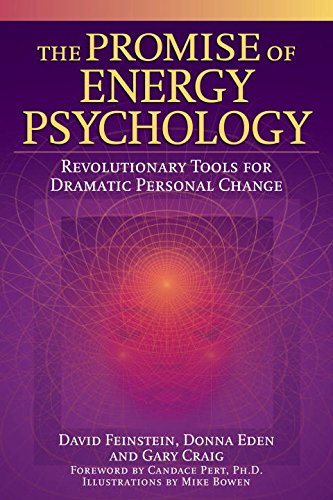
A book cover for The Promise of Energy Psychology: Revolutionary Tools for Dramatic Personal Change; David Feinstein; Medical Books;